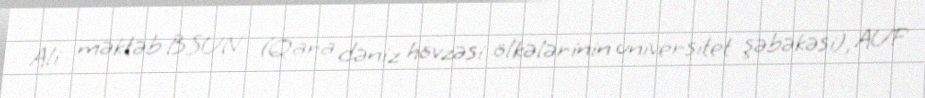
Ali məktəb BSUN (Qara dəniz hövzəsi ölkələrinin universitet şəbəkəsi), AUF